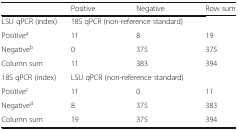
|  | Positive | Negative | Row sum |
 | --- | --- | --- | --- |
 | LSU qPCR (index) | <COLSPAN=2> 18S qPCR (non-reference standard) |  |
 | Positivea | 11 | 8 | 19 |
 | Negativeb | 0 | 375 | 375 |
 | Column sum | 11 | 383 | 394 |
 | 18S qPCR (index) | <COLSPAN=2> LSU qPCR (non-reference standard) |  |
 | Positivec | 11 | 0 | 11 |
 | Negatived | 8 | 375 | 383 |
 | Column sum | 19 | 375 | 394 |